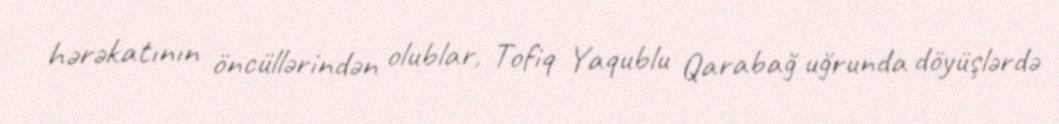
hərəkatının öncüllərindən olublar, Tofiq Yaqublu Qarabağ uğrunda döyüşlərdə